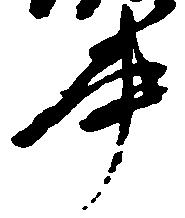
書